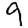
Digit: 9